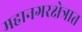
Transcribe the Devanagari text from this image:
महानगरक्षेत्रात